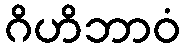
ဂိဟိဘာဝံ